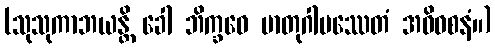
(သုသုကာဘယန္တိ ခေါ ဘိက္ခဝေ မာတုဂါမဿေတံ အဓိဝစနံ။)